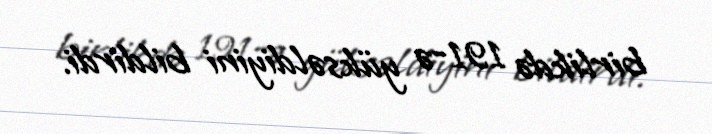
birlikdə 191-ə yüksəldiyini bildirdi.